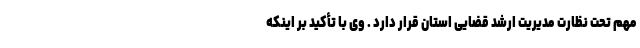
مهم تحت نظارت مدیریت ارشد قضایی استان قرار دارد . وی با تأکید بر اینکه